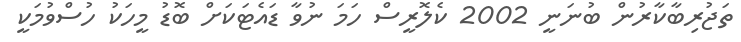
ތަޖުރިބާކާރުން ބުނަނީ 2002 ކެލޮރީސް ހަމަ ނުވާ ޑައެޓަކަށް ބޮޑު މީހަކު ހުސްވުމަކީ